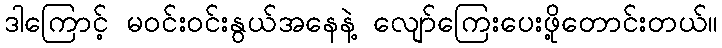
ဒါကြောင့် မဝင်းဝင်းနွယ်အနေနဲ့ လျော်ကြေးပေးဖို့တောင်းတယ်။